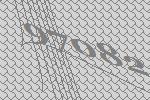
97082